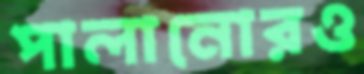
পালানোরও